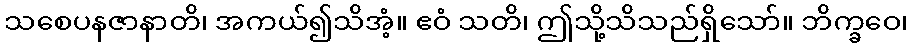
သစေပနဇာနာတိ၊ အကယ်၍သိအံ့။ ဧဝံ သတိ၊ ဤသို့သိသည်ရှိသော်။ ဘိက္ခဝေ၊